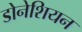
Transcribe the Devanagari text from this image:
डोनेशियन